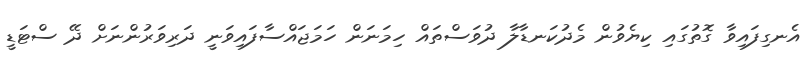
އެނގިފައިވާ ގޮތުގައި ކިޔެވުން މެދުކަނޑާލާ ދުވަސްތައް ހިމަނަން ހަމަޖައްސާފައިވަނީ ދަރިވަރުންނަށް ދޭ ސްޓަޑީ